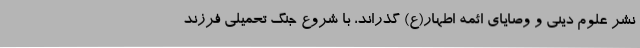
نشر علوم دینی و وصایای ائمه اطهار(ع) گذراند، با شروع جنگ تحمیلی فرزند